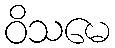
ဝိသမေ